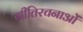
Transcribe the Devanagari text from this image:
गीतिरचनाओं